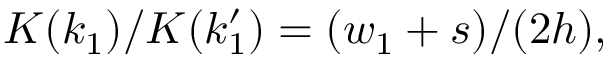
\begin{array} { r } { K ( k _ { 1 } ) / K ( k _ { 1 } ^ { \prime } ) = ( w _ { 1 } + s ) / ( 2 h ) , } \end{array}